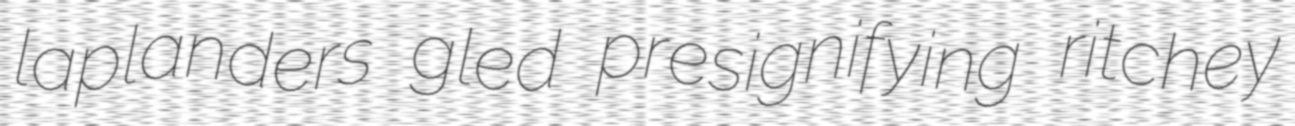
laplanders gled presignifying ritchey